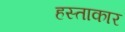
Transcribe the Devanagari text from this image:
हस्ताकार